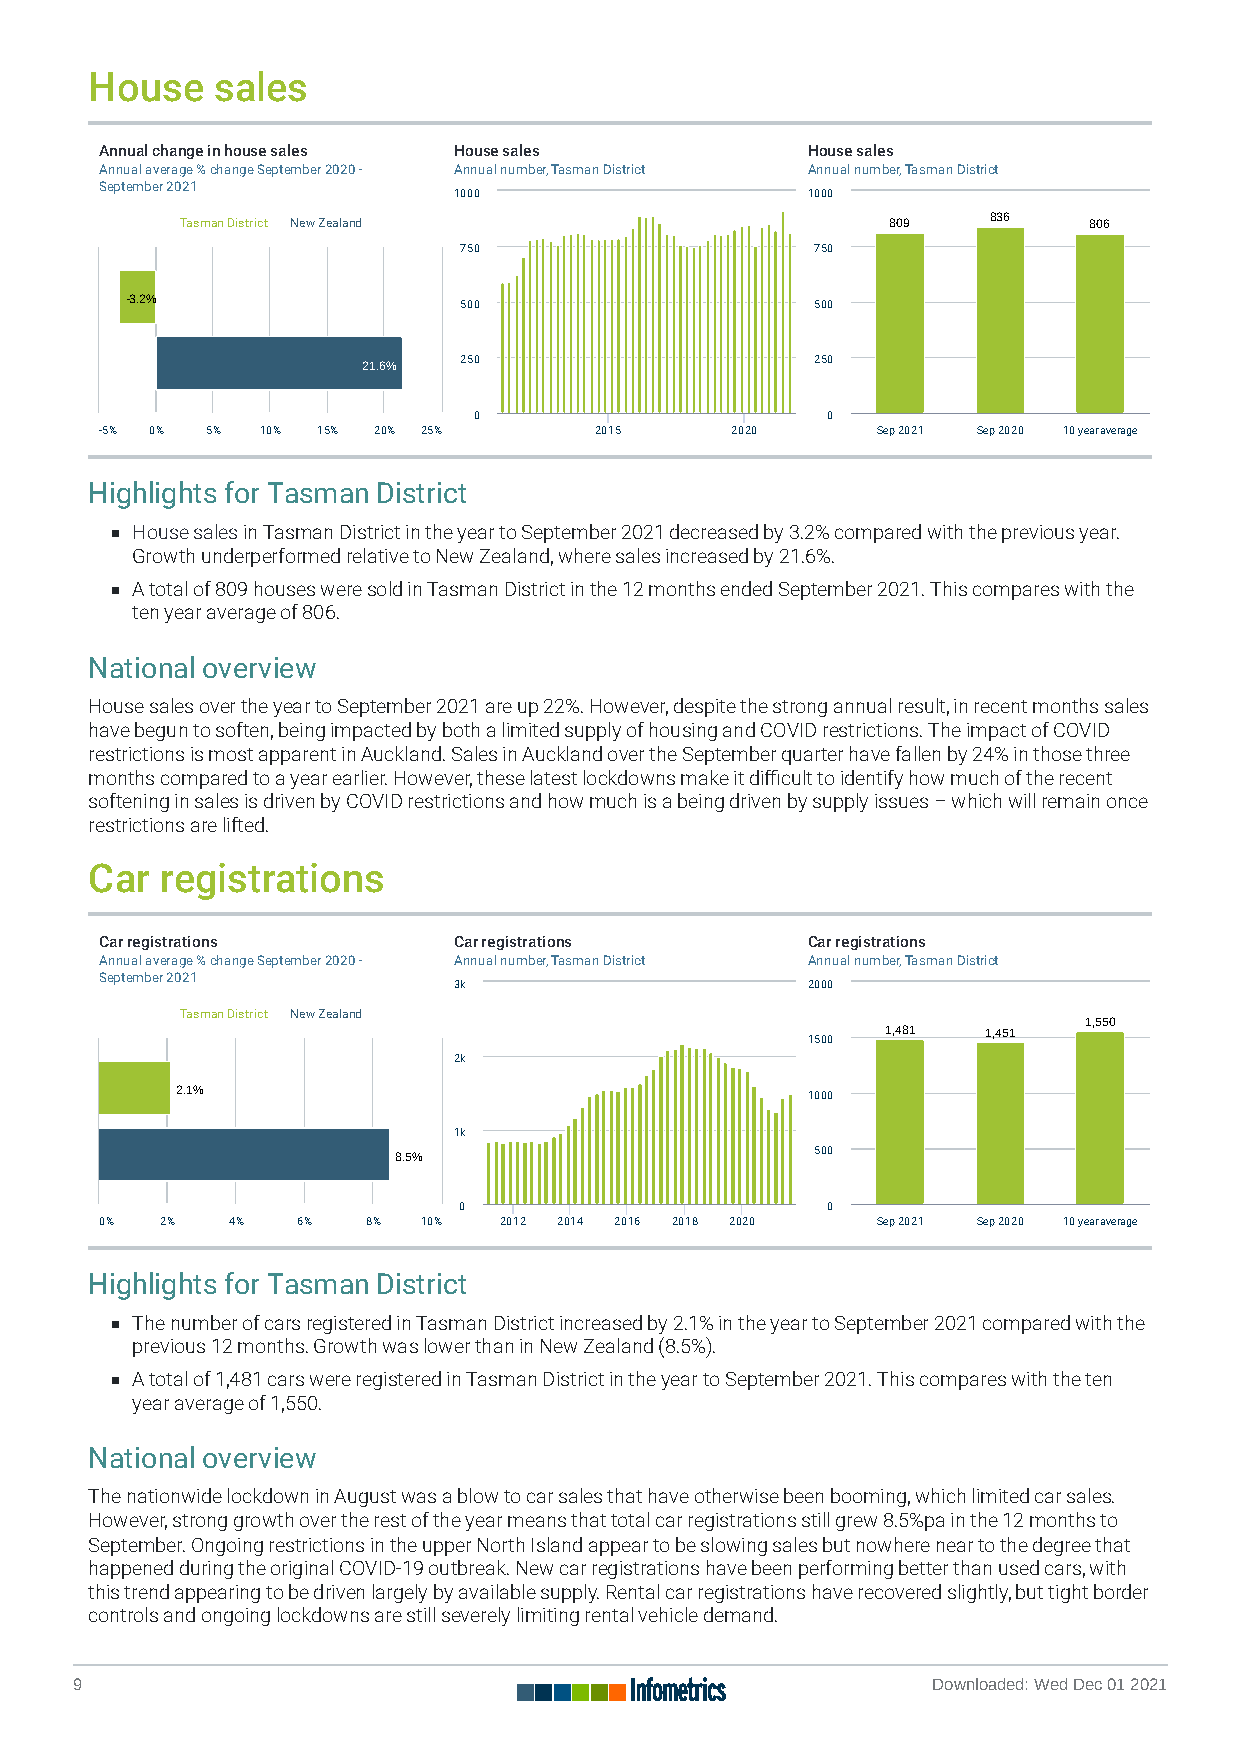
House   sales
 Annual change in house sales House sales      House sales
 Annual average % change September 2020 - Annual number, Tasman District Annual number, Tasman District
 September 2021
 1000                   1000
 Tasman District New Zealand                    8 80099 8 83366 8 80066
 750                     750
 - -33..22%%           500                     500
 2 211..66%% 250               250
 0                       0
 -5% 0% 5% 10% 15% 20% 25%       2015     2020      Sep 2021 Sep 2020 10 year average
 Highlights for Tasman District
 House sales in Tasman District in the year to September 2021 decreased by 3.2% compared with the previous year.
 Growth underperformed relative to New Zealand, where sales increased by 21.6%.
 A total of 809 houses were sold in Tasman District in the 12 months ended September 2021. This compares with the
 ten year average of 806.
 National overview
 House sales over the year to September 2021 are up 22%. However, despite the strong annual result, in recent months sales
 have begun to soften, being impacted by both a limited supply of housing and COVID restrictions. The impact of COVID
 restrictions is most apparent in Auckland. Sales in Auckland over the September quarter have fallen by 24% in those three
 months compared to a year earlier. However, these latest lockdowns make it dicult to identify how much of the recent
 softening in sales is driven by COVID restrictions and how much is a being driven by supply issues – which will remain once
 restrictions are lifted.
 Car  registrations
 Car registrations      Car registrations      Car registrations
 Annual average % change September 2020 - Annual number, Tasman District Annual number, Tasman District
 September 2021
 3k                     2000
 Tasman District New Zealand
 1 1,,555500
 1 1,,448811 1 1,,445511
 1500
 2k
 2 2..11%%                                1000
 1k
 8 8..55%%                   500
 0                        0
 0%  2%  4%   6%  8%  10%  2012 2014 2016 2018 2020 Sep 2021 Sep 2020 10 year average
 Highlights for Tasman District
 The number of cars registered in Tasman District increased by 2.1% in the year to September 2021 compared with the
 previous 12 months. Growth was lower than in New Zealand (8.5%).
 A total of 1,481 cars were registered in Tasman District in the year to September 2021. This compares with the ten
 year average of 1,550.
 National overview
 The nationwide lockdown in August was a blow to car sales that have otherwise been booming, which limited car sales.
 However, strong growth over the rest of the year means that total car registrations still grew 8.5%pa in the 12 months to
 September. Ongoing restrictions in the upper North Island appear to be slowing sales but nowhere near to the degree that
 happened during the original COVID-19 outbreak. New car registrations have been performing better than used cars, with
 this trend appearing to be driven largely by available supply. Rental car registrations have recovered slightly, but tight border
 controls and ongoing lockdowns are still severely limiting rental vehicle demand.
 9                                                        Downloaded: Wed Dec 01 2021